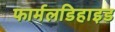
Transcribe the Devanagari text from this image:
फार्मलडिहाइड